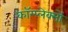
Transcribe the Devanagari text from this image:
कॉम्प्लेक्सों